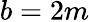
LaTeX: b=2m